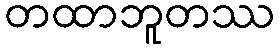
တထာဘူတဿ